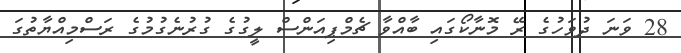
28 ވަނަ ދުވަހުގެ ރޭ މޮނާކޯގައި ބާއްވާ ޗެމްޕިއަންސް ލީގުގެ ގުރުނެގުމުގެ ރަސްމިއްޔާތުގަ